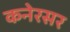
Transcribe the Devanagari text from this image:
कनेरसर